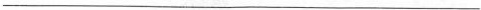
___